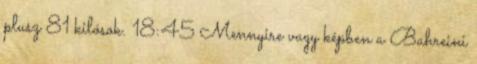
plusz 81 kilósok. 18:45 Mennyire vagy képben a Bahreini